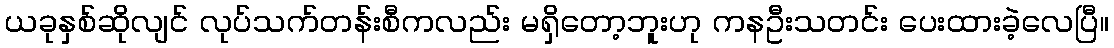
ယခုနှစ်ဆိုလျင် လုပ်သက်တန်းစီကလည်း မရှိတော့ဘူးဟု ကနဦးသတင်း ပေးထားခဲ့လေပြီ။